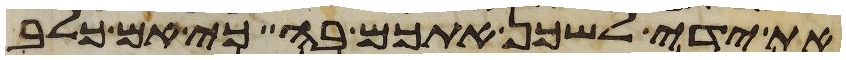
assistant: את ידי לשכן אתכם בה כי אם כלב